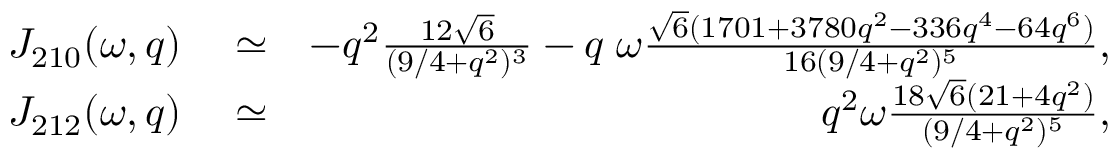
\begin{array} { r l r } { { \cal J } _ { 2 1 0 } ( \omega , q ) } & { { } \simeq } & { - { q ^ { 2 } } \frac { 1 2 \sqrt { 6 } } { ( 9 / 4 + q ^ { 2 } ) ^ { 3 } } - q \; \omega \frac { \sqrt { 6 } ( 1 7 0 1 + 3 7 8 0 q ^ { 2 } - 3 3 6 q ^ { 4 } - 6 4 q ^ { 6 } ) } { 1 6 ( 9 / 4 + q ^ { 2 } ) ^ { 5 } } , } \\ { { \cal J } _ { 2 1 2 } ( \omega , q ) } & { { } \simeq } & { q ^ { 2 } \omega \frac { 1 8 \sqrt { 6 } ( 2 1 + 4 q ^ { 2 } ) } { ( 9 / 4 + q ^ { 2 } ) ^ { 5 } } , } \end{array}